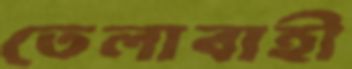
তেলাবাহী